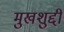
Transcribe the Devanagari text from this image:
मुखशुद्दी